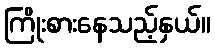
ကြိုးစားနေသည့်နှယ်။